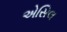
એસિલ